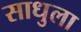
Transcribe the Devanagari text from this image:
साधुला